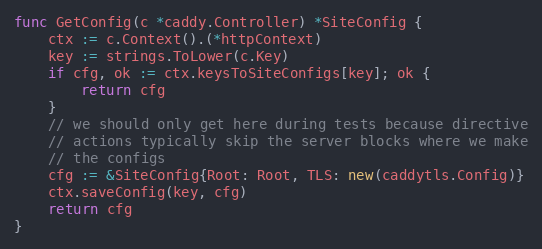
Language: Go
func GetConfig(c *caddy.Controller) *SiteConfig {
	ctx := c.Context().(*httpContext)
	key := strings.ToLower(c.Key)
	if cfg, ok := ctx.keysToSiteConfigs[key]; ok {
		return cfg
	}
	// we should only get here during tests because directive
	// actions typically skip the server blocks where we make
	// the configs
	cfg := &SiteConfig{Root: Root, TLS: new(caddytls.Config)}
	ctx.saveConfig(key, cfg)
	return cfg
}